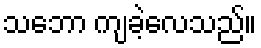
သဘော ကျခဲ့လေသည်။